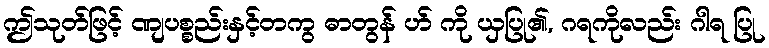
ဤသုတ်ဖြင့် ဏျပစ္စည်းနှင့်တကွ ဓာတွန် ဟ် ကို ယှပြု၏, ဂရကိုလည်း ဂါရ ပြု